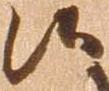
候